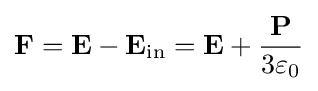
\mathbf {F} =\mathbf {E} -\mathbf {E} _{\mathrm {in} }=\mathbf {E} +{\frac {\mathbf {P} }{3\varepsilon _{0}}}